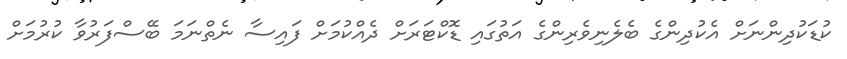
ކުޑަކުދިންނަށް އެކުދިންގެ ބެލެނިވެރިންގެ އަތުގައި ޑޮކްޓަރަށް ދެއްކުމަށް ފައިސާ ނެތްނަމަ ބޭސްފަރުވާ ކުރުމަށް